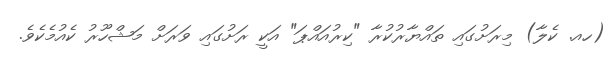
(ހއ. ކެލާ) މިރަށުގައި ތައްޔާރުކުރާ "ކިރުއައްޕަ" އަކީ ރަށުގައި ވަރަށް މަޝްހޫރު ކެއުމެކެވެ.